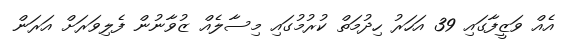
އެއް ވަޒީފާގައި 39 އަހަރު ހިދުމަތް ކުރުމުގައި މިސާލެއް ޒުވާނުން ފެލިވަރަށް އަރަން